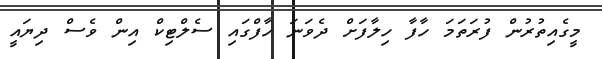
މީގެއިތުރުން ފުރަތަމަ ހާފާ ހިލާފަށް ދެވަނަ ހާފްގައި ސެލްޓިކް އިން ވެސް ދިޔައީ